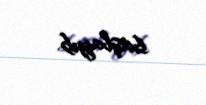
başlayıb.